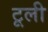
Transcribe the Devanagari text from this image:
टूली